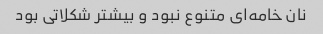
نان خامه‌ای متنوع نبود و بیشتر شکلاتی بود